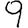
Digit: 9